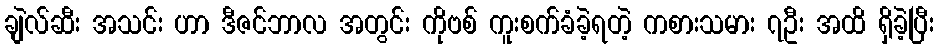
ချဲလ်ဆီး အသင်း ဟာ ဒီဇင်ဘာလ အတွင်း ကိုဗစ် ကူးစက်ခံခဲ့ရတဲ့ ကစားသမား ၇ဦး အထိ ရှိခဲ့ပြီး